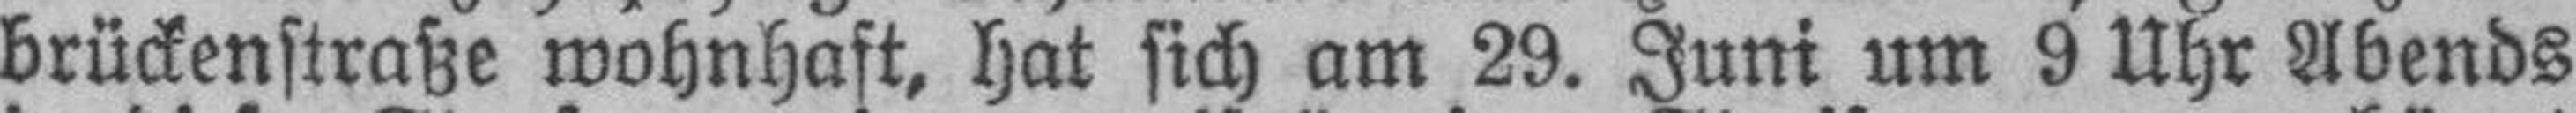
brückenstraße wohnhaft, hat sich am 29. Juni um 9 Uhr Abends